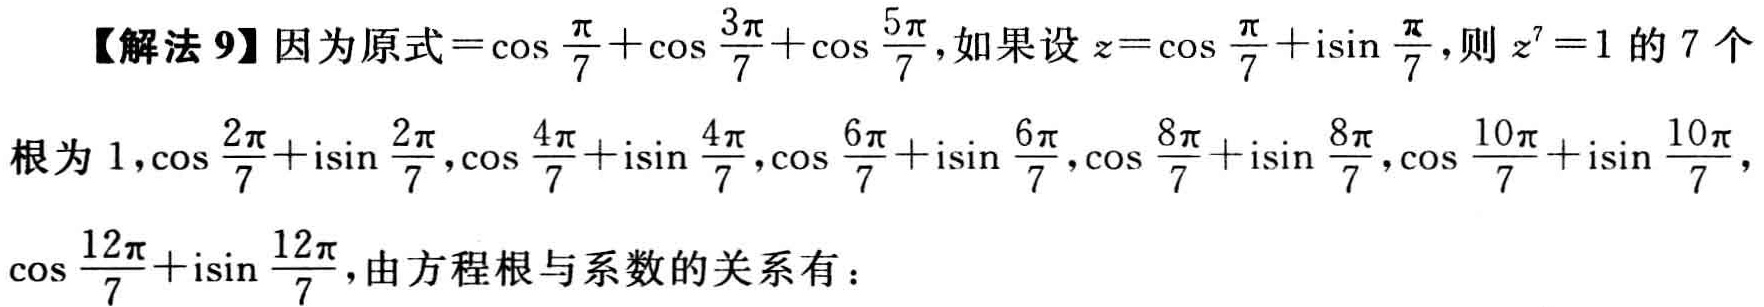
【解法 9】因为原式$=\cos\frac{\pi}{7}+\cos\frac{3\pi}{7}+\cos\frac{5\pi}{7}$，如果设$z = \cos\frac{\pi}{7}+\mathrm{i}\sin\frac{\pi}{7}$，则$z^{7}=1$的 7 个
根为$1,\cos\frac{2\pi}{7}+\mathrm{i}\sin\frac{2\pi}{7},\cos\frac{4\pi}{7}+\mathrm{i}\sin\frac{4\pi}{7},\cos\frac{6\pi}{7}+\mathrm{i}\sin\frac{6\pi}{7},\cos\frac{8\pi}{7}+\mathrm{i}\sin\frac{8\pi}{7},\cos\frac{10\pi}{7}+\mathrm{i}\sin\frac{10\pi}{7},$
$\cos\frac{12\pi}{7}+\mathrm{i}\sin\frac{12\pi}{7}$，由方程根与系数的关系有：